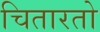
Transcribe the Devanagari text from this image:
चितारतो